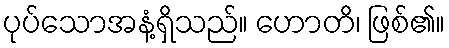
ပုပ်သောအနံ့ရှိသည်။ ဟောတိ၊ ဖြစ်၏။